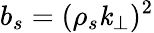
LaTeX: b_{s}=(\rho_{s}\mathit{k}_{\perp})^{2}